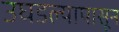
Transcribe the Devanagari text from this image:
उघडल्यापासून